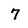
Character: 7